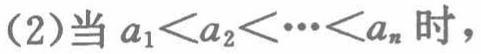
(2)当 \(a_{1}<a_{2}<\cdots <a_{n}\) 时，